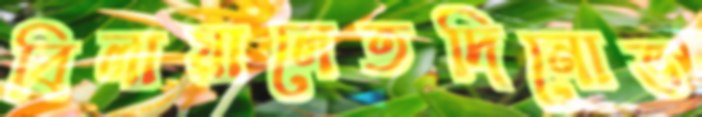
বিলায়ালেতদিনোভ